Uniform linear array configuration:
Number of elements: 32
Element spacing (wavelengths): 0.5
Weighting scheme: hann
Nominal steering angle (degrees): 30
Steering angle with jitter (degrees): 28.234
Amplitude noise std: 0.05
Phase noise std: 0.05

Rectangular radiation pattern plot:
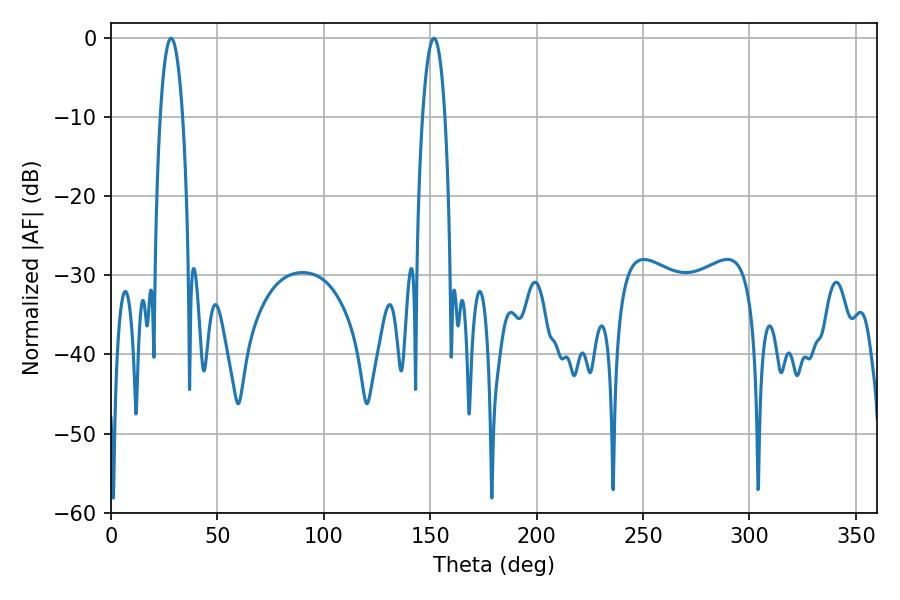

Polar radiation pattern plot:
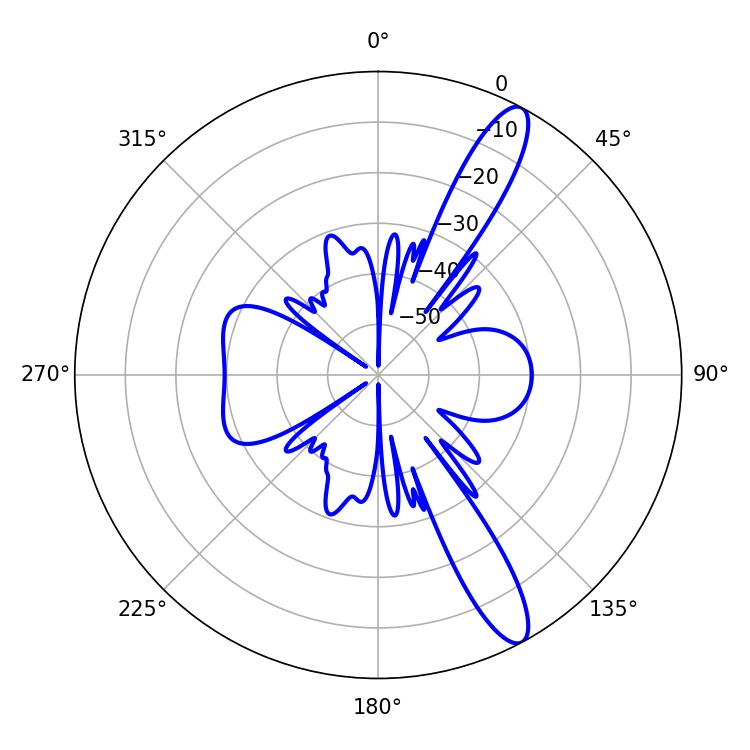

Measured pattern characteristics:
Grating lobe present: FALSE
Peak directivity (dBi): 12.865
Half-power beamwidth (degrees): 5.76
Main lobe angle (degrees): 151.74